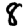
Digit: 8